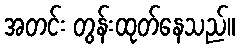
အတင်း တွန်းထုတ်နေသည်။